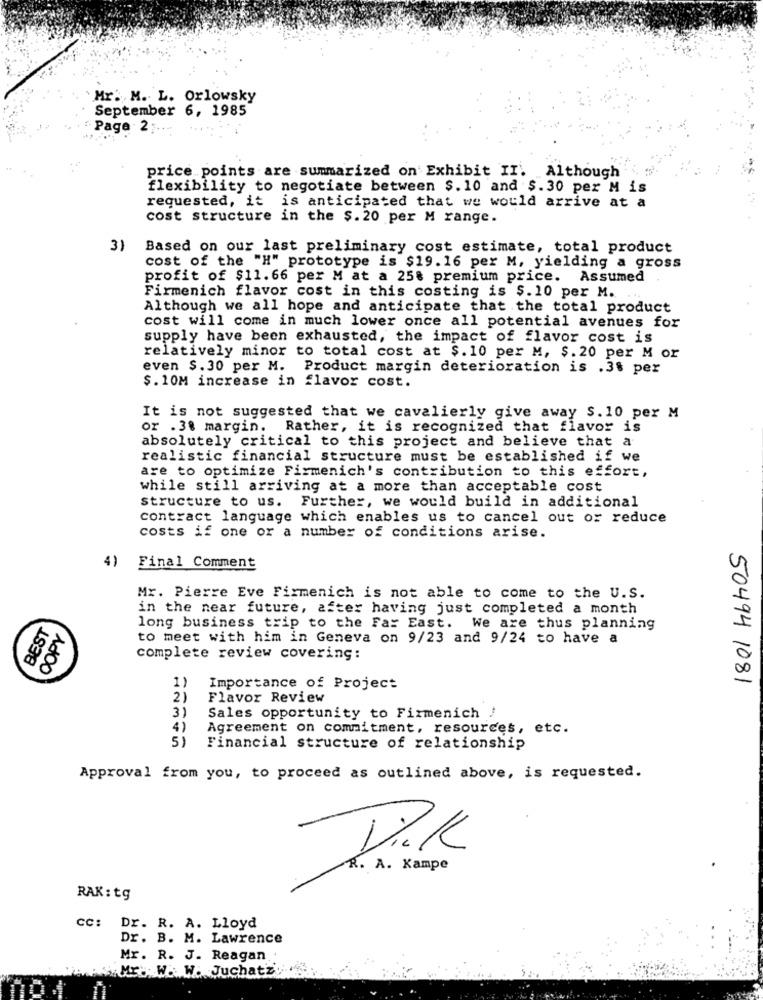
Mr. M. L. Orlowsky
September 6, 1985
- Page 2
price points are summarized on Exhibit II. Although
flexibility to negotiate between $.10 and $.30 per M is
requested, it is anticipated that we would arrive at a
cost structure in the $.20 per M range.
3)
Based on our last preliminary cost estimate, total product
cost of the "H" prototype is $19.16 per M, yielding a gross
profit of $11.66 per M at a 25% premium price. Assumed .
Firmenich flavor cost in this costing is $.10 per M.
Although we all hope and anticipate that the total product
cost will come in much lower once all potential avenues for
supply have been exhausted, the impact of flavor cost is
relatively minor to total cost at $.10 per M, $. 20 per M or
even $. 30 per M. Product margin deterioration is .3$ per
$. 10M increase in flavor cost.
It is not suggested that we cavalierly give away $.10 per M
or .38 margin. Rather, it is recognized that flavor is
absolutely critical to this project and believe that a
realistic financial structure must be established if we
are to optimize Firmenich's contribution to this effort,
while still arriving at a more than acceptable cost
structure to us. Further, we would build in additional
contract language which enables us to cancel out or reduce
costs if one or a number of conditions arise.
4)
Final Comment
Mr. Pierre Eve Firmenich is not able to come to the U.S.
in the near future, after having just completed a month
BEST
COPY
long business trip to the Far East. We are thus planning
to meet with him in Geneva on 9/23 and 9/24 to have a
complete review covering:
50494 1081
1)
Importance of Project
Flavor Review
Sales opportunity to Fixmenich !
4)
Agreement on commitment, resources, etc.
5)
Financial structure of relationship
Approval from you, to proceed as outlined above, is requested.
Vi.K
R. A. Kampe
RAK: tg
cc: Dr. R. A. Lloyd
Dr. B. M. Lawrence
Mr. R. J. Reagan
Mr. W. W. Juchatze